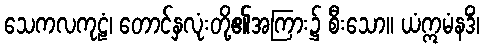
သေကလကုဠံ၊ တောင်နှလုံးတို့၏အကြား၌ စီးသော။ ယံဣမံနဒိံ၊